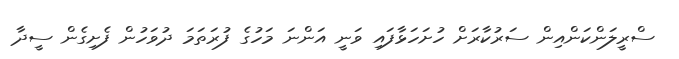
ސްރީލަންކަންއިން ސަރުކާރަށް ހުށަހަޅާފައި ވަނީ އަންނަ މަހުގެ ފުރަތަމަ ދުވަހުން ފެށިގެން ސީދާ